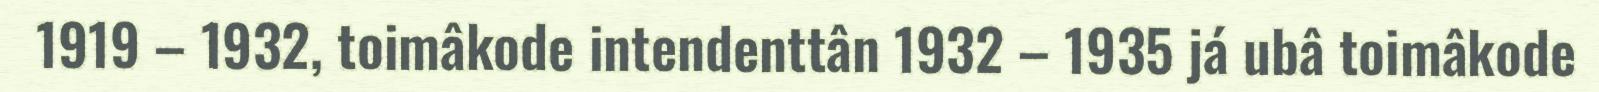
1919 – 1932, toimâkode intendenttân 1932 – 1935 já ubâ toimâkode